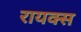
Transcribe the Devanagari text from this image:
रायक्स